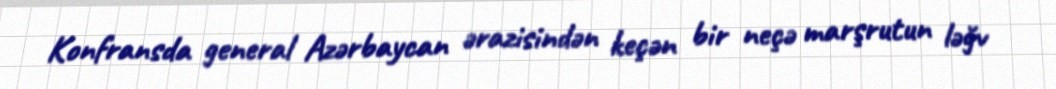
Konfransda general Azərbaycan ərazisindən keçən bir neçə marşrutun ləğv